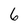
Character: 6